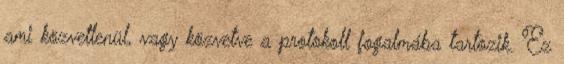
ami közvetlenül, vagy közvetve a protokoll fogalmába tartozik. Ez